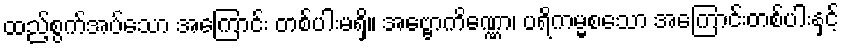
ထည့်စွက်အပ်သော အကြောင်း တစ်ပါးမရှိ။ အဗ္ဗောကိဏ္ဏော၊ ပရိကမ္မစသော အကြောင်းတစ်ပါးနှင့်